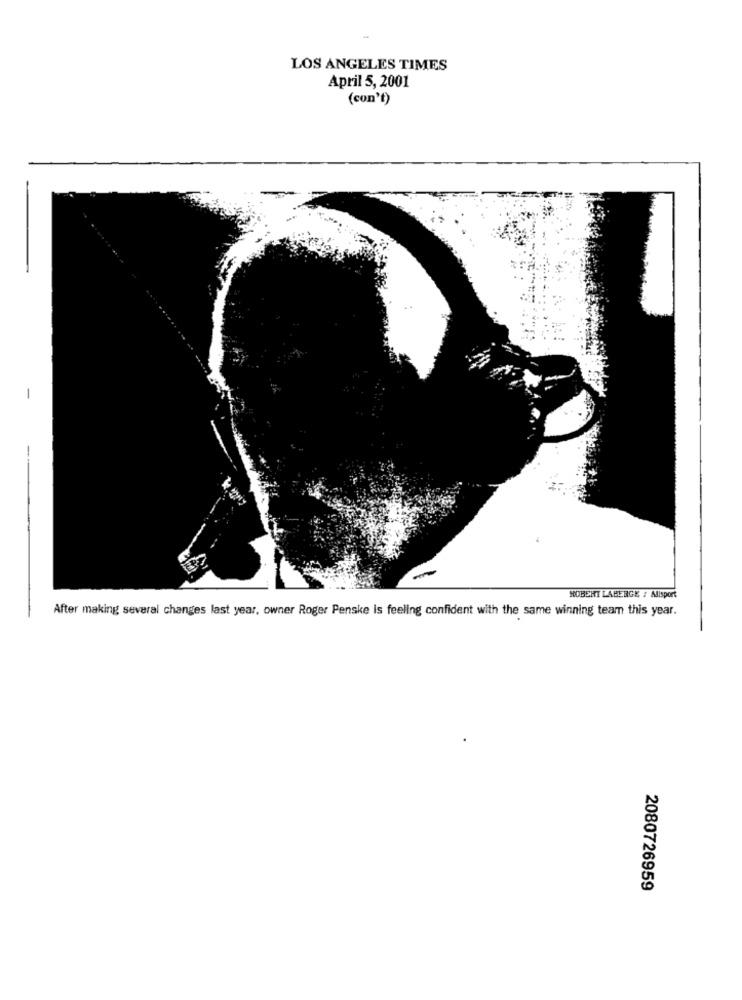
LOS ANGELES TIMES
April 5, 2001
(con't)
HOBERT LABERGE / Allsport
After making several changes last year, owner Roger Penske Is feeling confident with the same winning team this year.
2080726959